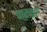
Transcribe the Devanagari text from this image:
पारवई